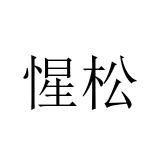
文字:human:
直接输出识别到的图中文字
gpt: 惺松